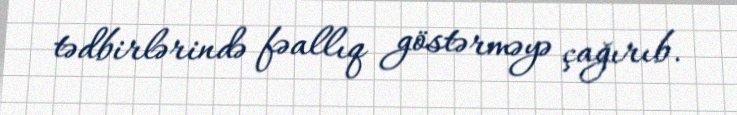
tədbirlərində fəallıq göstərməyə çağırıb.